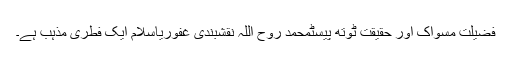
فضیلت مسواک اور حقیقت ٹوتھ پیسٹمحمد روح اللہ نقشبندی غفوریاسلام ایک فطری مذہب ہے۔